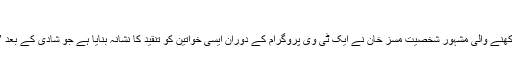
فوٹو: ٹویٹر
پاکستانی کے ساحلی شہر کراچی سے تعلق رکھنے والی مشہور شخصیت مسز خان نے ایک ٹی وی پروگرام کے دوران ایسی خواتین کو تنقید کا نشانہ بنایا ہے جو شادی کے بعد ’گھر داری‘ کو اپنے لیے ’طعنہ‘ سمجھتی ہیں۔